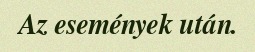
Az események után.